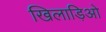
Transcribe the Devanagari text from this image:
खिलाड़िओ